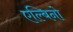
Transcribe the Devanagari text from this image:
एल्बिनो